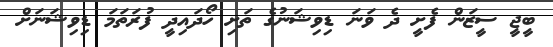
ބީޖީ ސީޒަން ފެށީ ދެ ވަނަ ޑިވިޝަނުގެ ތަށި ހޯދައިދީ ފުރަތަމަ ޑިވިޝަނަށް